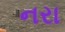
નરા